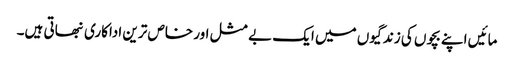
مائیں اپنے بچوں کی زندگیوں میں ایک بے مثل اور خاص ترین اداکاری نبھاتی ہیں۔